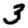
Digit: 3